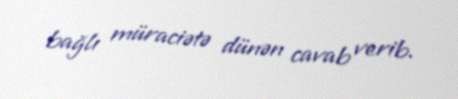
bağlı müraciətə dünən cavab verib.